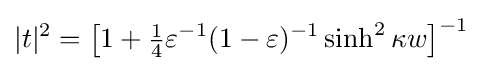
|t|^{2}={\big [}1+{\tfrac {1}{4}}\varepsilon ^{-1}(1-\varepsilon )^{-1}\sinh ^{2}\kappa w{\big ]}^{-1}